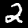
Label: 2